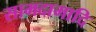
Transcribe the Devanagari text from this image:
सामदामादि